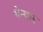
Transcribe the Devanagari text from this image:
घेन्घार